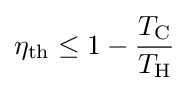
\eta _{\rm {th}}\leq 1-{\frac {T_{\rm {C}}}{T_{\rm {H}}}}